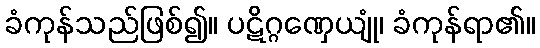
ခံကုန်သည်ဖြစ်၍။ ပဋိဂ္ဂဏှေယျုံ၊ ခံကုန်ရာ၏။